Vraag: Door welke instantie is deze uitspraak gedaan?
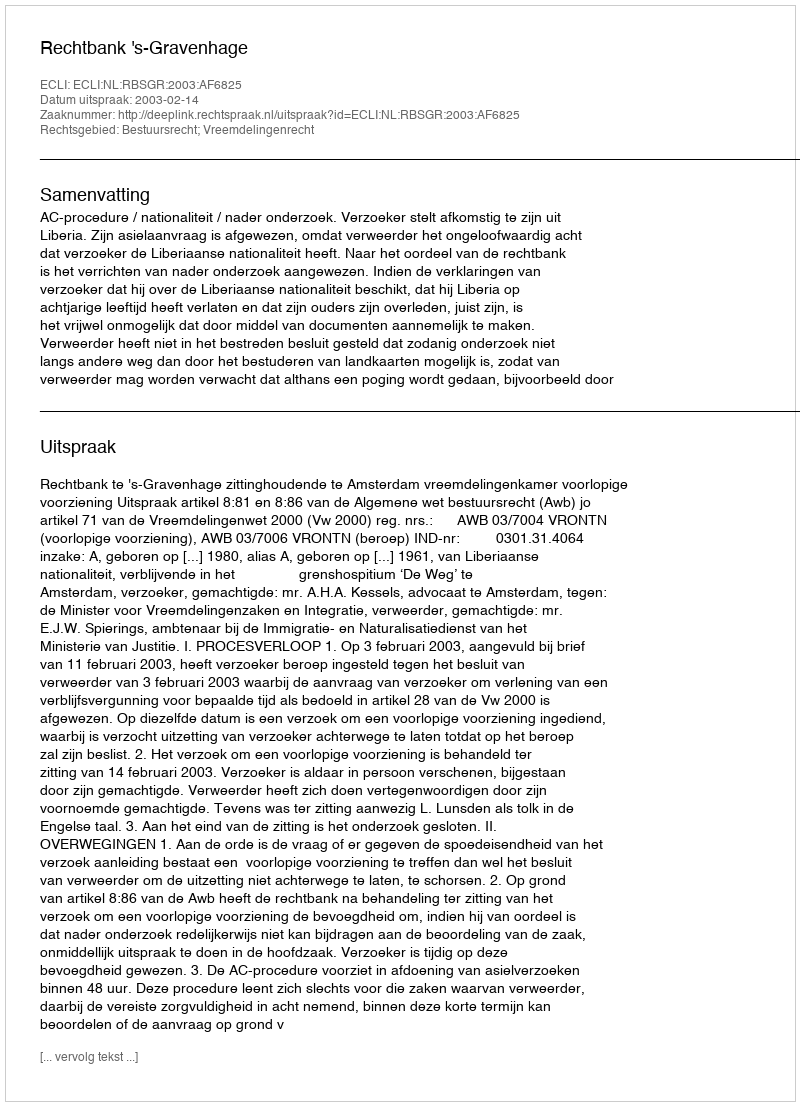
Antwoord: Rechtbank 's-Gravenhage